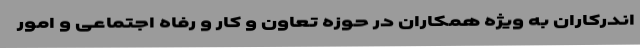
اندرکاران به ویژه همکاران در حوزه تعاون و کار و رفاه اجتماعی و امور